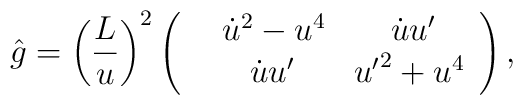
\hat g = \left({L\over u}\right)^2 \left( \begin{array}{lll}&{\dot u}^2 - u^4    & \;\;\;\;{\dot u}{u^\prime}  \cr &\;\;\;{\dot u}{u^\prime}   &{u^\prime}^2 + u^4  \cr\end{array}\right),